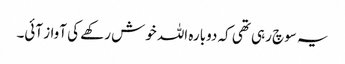
یہ سوچ رہی تھی کہ دوبارہ اللہ خوش رکھے کی آواز آئی۔